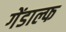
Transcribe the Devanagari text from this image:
गेंडाल्फ